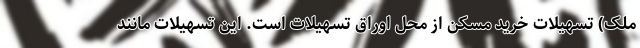
ملک) تسهیلات خرید مسکن از محل اوراق تسهیلات است. این تسهیلات مانند